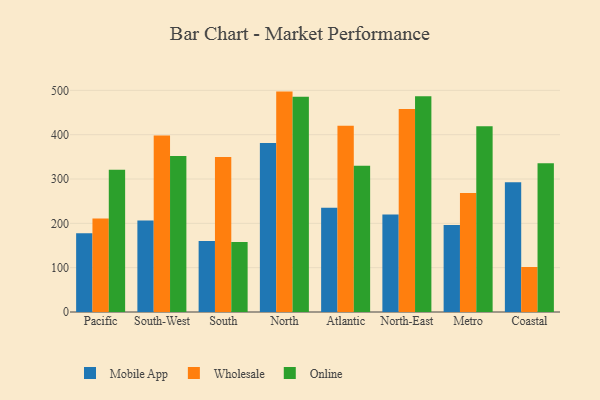
{"axis": {"x": "Region", "y": "Revenue (USD Million)"}, "legend": ["Mobile App", "Online", "Wholesale"], "data": [{"x": "Pacific", "y": 177.6, "type": "Mobile App"}, {"x": "Pacific", "y": 210.9, "type": "Wholesale"}, {"x": "Pacific", "y": 321.0, "type": "Online"}, {"x": "South-West", "y": 206.4, "type": "Mobile App"}, {"x": "South-West", "y": 397.9, "type": "Wholesale"}, {"x": "South-West", "y": 352.1, "type": "Online"}, {"x": "South", "y": 160.1, "type": "Mobile App"}, {"x": "South", "y": 349.7, "type": "Wholesale"}, {"x": "South", "y": 157.9, "type": "Online"}, {"x": "North", "y": 381.1, "type": "Mobile App"}, {"x": "North", "y": 497.2, "type": "Wholesale"}, {"x": "North", "y": 485.8, "type": "Online"}, {"x": "Atlantic", "y": 235.0, "type": "Mobile App"}, {"x": "Atlantic", "y": 420.2, "type": "Wholesale"}, {"x": "Atlantic", "y": 329.8, "type": "Online"}, {"x": "North-East", "y": 219.8, "type": "Mobile App"}, {"x": "North-East", "y": 458.1, "type": "Wholesale"}, {"x": "North-East", "y": 486.8, "type": "Online"}, {"x": "Metro", "y": 196.3, "type": "Mobile App"}, {"x": "Metro", "y": 268.5, "type": "Wholesale"}, {"x": "Metro", "y": 418.8, "type": "Online"}, {"x": "Coastal", "y": 292.8, "type": "Mobile App"}, {"x": "Coastal", "y": 101.5, "type": "Wholesale"}, {"x": "Coastal", "y": 335.6, "type": "Online"}]}